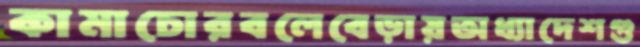
কামাচোরবলেবেড়ায়অধ্যাদেশগু